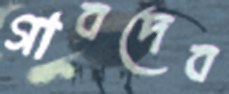
গাবদেব